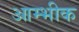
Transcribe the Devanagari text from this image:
आम्भीक